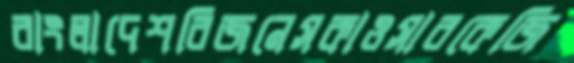
বাংলাদেশবিজনেসকাওসারকেজি